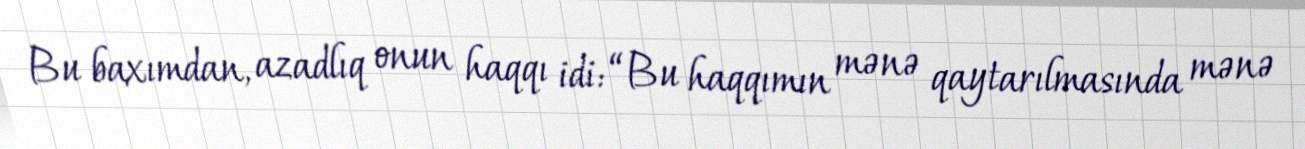
Bu baxımdan, azadlıq onun haqqı idi: “Bu haqqımın mənə qaytarılmasında mənə